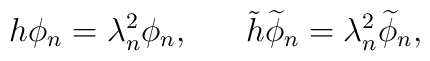
h \phi_n = \lambda_n^2 \phi_n , \;\;\;\;\;\;\tilde{h} \widetilde{\phi}_n = \lambda_n^2 \widetilde{\phi}_n ,